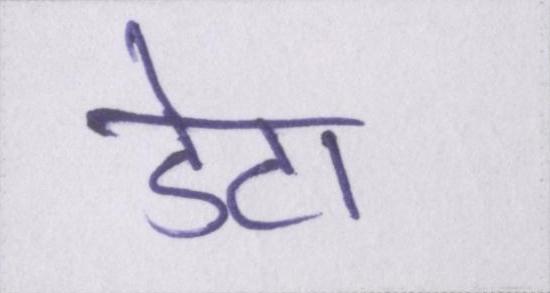
डेटा